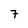
Character: 7